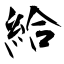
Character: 給